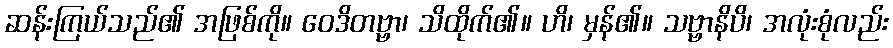
ဆန်းကြယ်သည်၏ အဖြစ်ကို။ ဝေဒိတဗ္ဗာ၊ သိထိုက်၏။ ဟိ၊ မှန်၏။ သဗ္ဗာနိပိ၊ အလုံးစုံလည်း